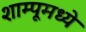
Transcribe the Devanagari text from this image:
शाम्पूमध्ये